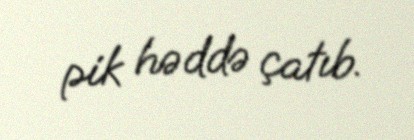
pik həddə çatıb.